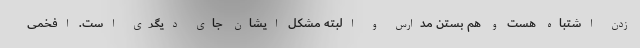
زدن اشتباه هست و هم بستن مدارس و البته مشکل ایشان جای دیگری است. افخمی